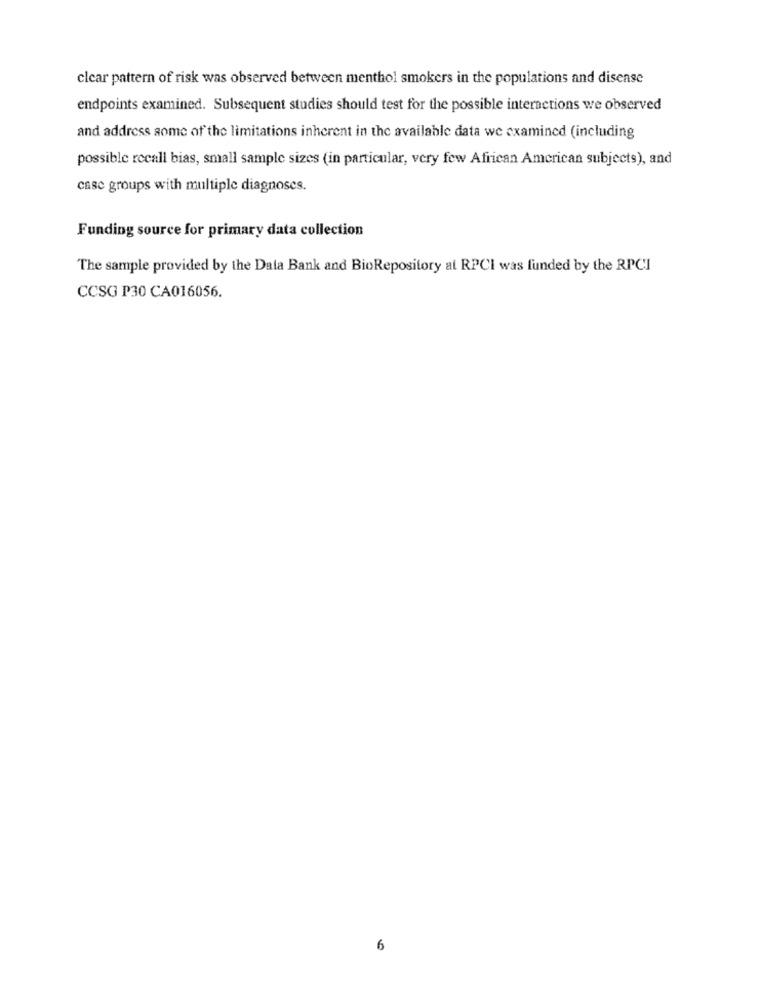
clear pattern of risk was observed between menthol smokers in the populations and disease
endpoints examined. Subsequent studies should test for the possible interactions we observed
and address some of the limitations inherent in the available data we examined (including
possible recall bias, small sample sizes (in particular, very few African American subjects), and
case groups with multiple diagnoses.
Funding source for primary data collection
The sample provided by the Data Bank and BioRepository at RPCI was funded by the RPCI
CCSG P30 CA016056.
6